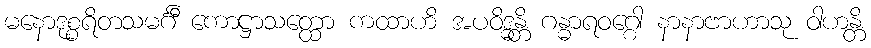
မနောဒုစ္စရိတသမင်္ဂီ ကောဋ္ဌာသတ္ထော ကထာဟိ အပဝိဒ္ဓန္တိ ဂန္ဓာရဝဂ္ဂေါ နာနာဗာဟာသု ဝါဟန္တိ